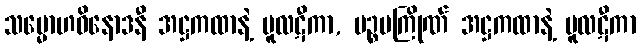
သမ္မောဟဝိနောဒနီ အဋ္ဌကထာနဲ့ မူလဋီကာ, ပဉ္စပကြိုဏ် အဋ္ဌကထာနဲ့ မူလဋီကာ